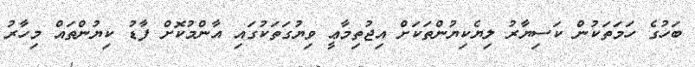
ބަހުގެ ހަމަތަކުން ކަސިޔާރު ލިޔެކިޔުންތަކަށް އިޖުތިމާޢީ ވިޔުގަތަކުގައި އާންމުކޮށް ފާޑު ކިޔުންތައް މިހާރު